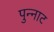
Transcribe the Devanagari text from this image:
पुन्नाट